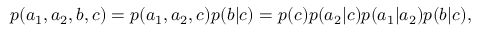
\begin{array} { r } { p ( a _ { 1 } , a _ { 2 } , b , c ) = p ( a _ { 1 } , a _ { 2 } , c ) p ( b | c ) = p ( c ) p ( a _ { 2 } | c ) p ( a _ { 1 } | a _ { 2 } ) p ( b | c ) , } \end{array}